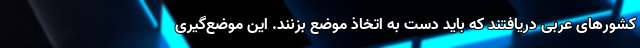
کشورهای عربی دریافتند که باید دست به اتخاذ موضع بزنند. این موضع‌گیری